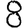
Digit: 8